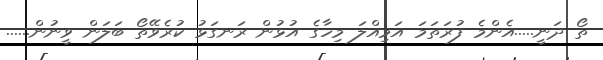
ތޯ ދަނީ.....އެންމެ ފުރަތަމަ އަމިއްލަ މިހާގެ އުޅުން ރަނގަޅު ކުރެވޭތޯ ބަލަން ވީނުން......